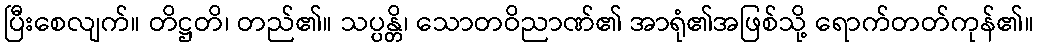
ပြီးစေလျက်။ တိဋ္ဌတိ၊ တည်၏။ သပ္ပန္တိ၊ သောတဝိညာဏ်၏ အာရုံ၏အဖြစ်သို့ ရောက်တတ်ကုန်၏။